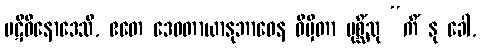
ပဋိဝိနောဒေသိ, ဧတေ ဒေဝတာယာနုဘာဝေန ဝိမှိတာ ပုစ္ဆိံသု “ကိံ နု ခေါ,